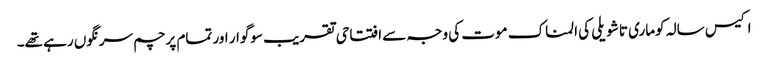
اکیس سالہ کوماری تاشویلی کی المناک موت کی وجہ سے افتتاحی تقریب سوگوار اور تمام پرچم سرنگوں رہے تھے۔